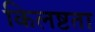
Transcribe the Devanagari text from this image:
किलष्टता